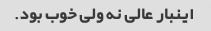
اینبار عالی نه ولی خوب بود.